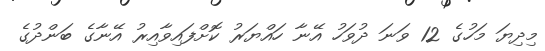
މިދިޔަ މަހުގެ 12 ވަނަ ދުވަހު އޭނާ ހައްޔަރު ކޮށްފައިވާއިރު އޭނާގެ ބަންދުގެ